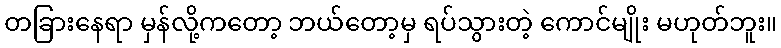
တခြားနေရာ မှန်လို့ကတော့ ဘယ်တော့မှ ရပ်သွားတဲ့ ကောင်မျိုး မဟုတ်ဘူး။